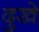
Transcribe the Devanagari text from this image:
दुखे